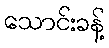
သောင်းခန့်